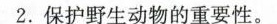
2.保护野生动物的重要性。